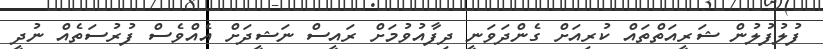
ފުލުފުލުން ޝަރީއަތްތައް ކުރިއަށް ގެންދަވަނީ ދިފާއުވުމަށް ރައީސް ނަޝީދަށް އެއްވެސް ފުރުސަތެއް ނުދީ